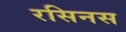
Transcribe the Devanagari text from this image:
रसिनस